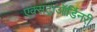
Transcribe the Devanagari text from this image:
एक्सट्राऑर्डिनरी